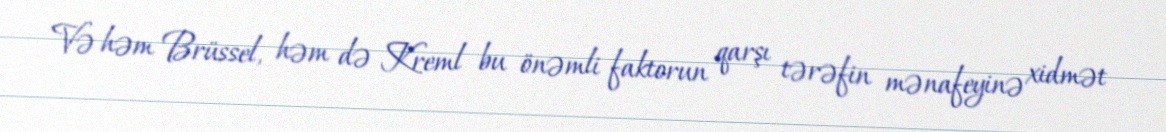
Və həm Brüssel, həm də Kreml bu önəmli faktorun qarşı tərəfin mənafeyinə xidmət